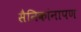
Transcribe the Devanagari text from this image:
सैनिकांनापण